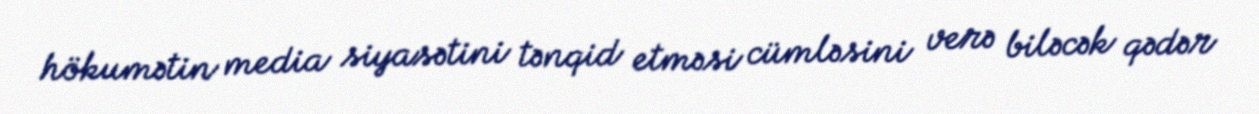
hökumətin media siyasətini tənqid etməsi cümləsini verə biləcək qədər